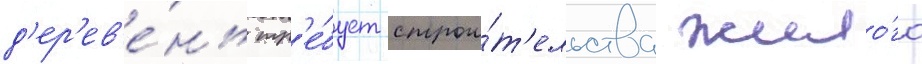
д'ер'ев'е́нь тр'е́бует строи́т'ельства жило́го